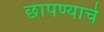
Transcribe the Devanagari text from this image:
छापण्याचे